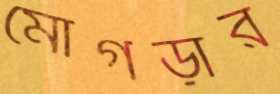
মোগড়ার